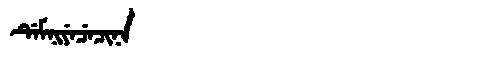
Manchu: ᡩᡝᠮᠨᡳᠶᡝᠴᡝᠴᡳᠨᠠ
Romanization: DEMNIYECECINA